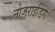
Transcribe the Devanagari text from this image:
नोजराइडिंग